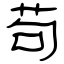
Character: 茍